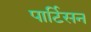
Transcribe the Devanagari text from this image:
पार्टिसन